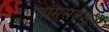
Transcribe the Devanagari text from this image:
थॉमसकडून